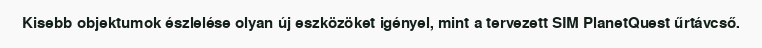
Kisebb objektumok észlelése olyan új eszközöket igényel, mint a tervezett SIM PlanetQuest űrtávcső.